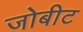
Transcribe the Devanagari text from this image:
जोबीट